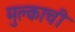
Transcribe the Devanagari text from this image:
मुल्काची